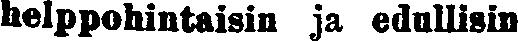
helppohintaisin ja edullisin